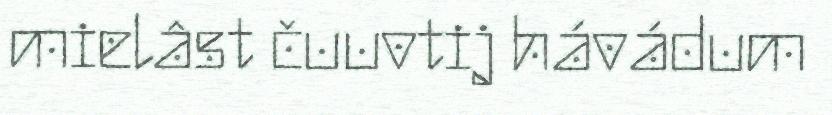
mielâst čuuvtij hávádum